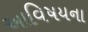
આવિષયના